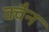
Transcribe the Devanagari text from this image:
क्वैन